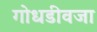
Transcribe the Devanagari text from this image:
गोधडीवजा